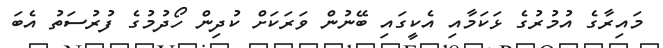
މައިރާގެ އުމުރުގެ ޅަކަމާއި އެކީގައި ބޭނުން ވަރަކަށް ކުދިން ހޯދުމުގެ ފުރުސަތު އެބަ